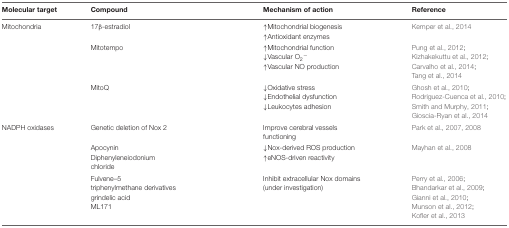
<table><thead><tr><td><b>Molecular target</b></td><td><b>Compound</b></td><td><b>Mechanism of action</b></td><td><b>Reference</b></td></tr></thead><tbody><tr><td>Mitochondria</td><td>17β-estradiol</td><td>↑Mitochondrial biogenesis</td><td>Kemper et al., 2014</td></tr><tr><td></td><td></td><td>↑Antioxidant enzymes</td><td></td></tr><tr><td></td><td>Mitotempo</td><td>↑Mitochondrial function</td><td>Pung et al., 2012;</td></tr><tr><td></td><td></td><td>↓Vascular O<sub>2</sub><sup>-</sup></td><td>Kizhakekuttu et al., 2012;</td></tr><tr><td></td><td></td><td>↑Vascular NO production</td><td>Carvalho et al., 2014;</td></tr><tr><td></td><td></td><td></td><td>Tang et al., 2014</td></tr><tr><td></td><td>MitoQ</td><td>↓Oxidative stress</td><td>Ghosh et al., 2010;</td></tr><tr><td></td><td></td><td>↓Endothelial dysfunction</td><td>Rodriguez-Cuenca et al., 2010;</td></tr><tr><td></td><td></td><td>↓Leukocytes adhesion</td><td>Smith and Murphy, 2011;</td></tr><tr><td></td><td></td><td></td><td>Gioscia-Ryan et al., 2014</td></tr><tr><td>NADPH oxidases</td><td>Genetic deletion of Nox 2</td><td>Improve cerebral vessels functioning</td><td>Park et al., 2007, 2008</td></tr><tr><td></td><td>Apocynin</td><td>↓Nox-derived ROS production</td><td>Mayhan et al., 2008</td></tr><tr><td></td><td>Diphenyleneiodonium</td><td>↑eNOS-driven reactivity</td><td></td></tr><tr><td></td><td>chloride</td><td></td><td></td></tr><tr><td></td><td>Fulvene–5</td><td>Inhibit extracellular Nox domains</td><td>Perry et al., 2006;</td></tr><tr><td></td><td>triphenylmethane derivatives</td><td>(under investigation)</td><td>Bhandarkar et al., 2009;</td></tr><tr><td></td><td>grindelic acid</td><td></td><td>Gianni et al., 2010;</td></tr><tr><td></td><td>ML171</td><td></td><td>Munson et al., 2012;</td></tr><tr><td></td><td></td><td></td><td>Kofler et al., 2013</td></tr></tbody></table>